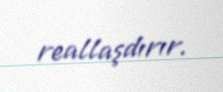
reallaşdırır.